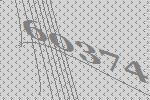
60374